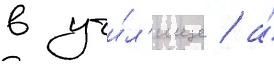
в учи́л'ище / а́